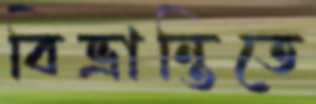
বিভ্রান্তিতে